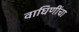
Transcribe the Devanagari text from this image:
वाघिणींचा